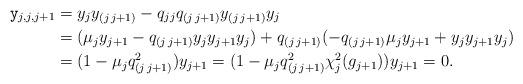
LaTeX: \begin{align*}\mathtt{y}_{j,j,j+1}&=y_jy_{(j\,j+1)}-q_{jj}q_{(j\,j+1)}y_{(j\,j+1)}y_j \\&=(\mu_j y_{j+1}-q_{(j\,j+1)}y_jy_{j+1}y_j)+q_{(j\,j+1)}(-q_{(j\,j+1)}\mu_j y_{j+1}+y_jy_{j+1}y_j)\\&=(1-\mu_jq_{(j\,j+1)}^2)y_{j+1}=(1-\mu_jq_{(j\,j+1)}^2\chi_j^2(g_{j+1}))y_{j+1}=0.\end{align*}